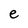
Character: e